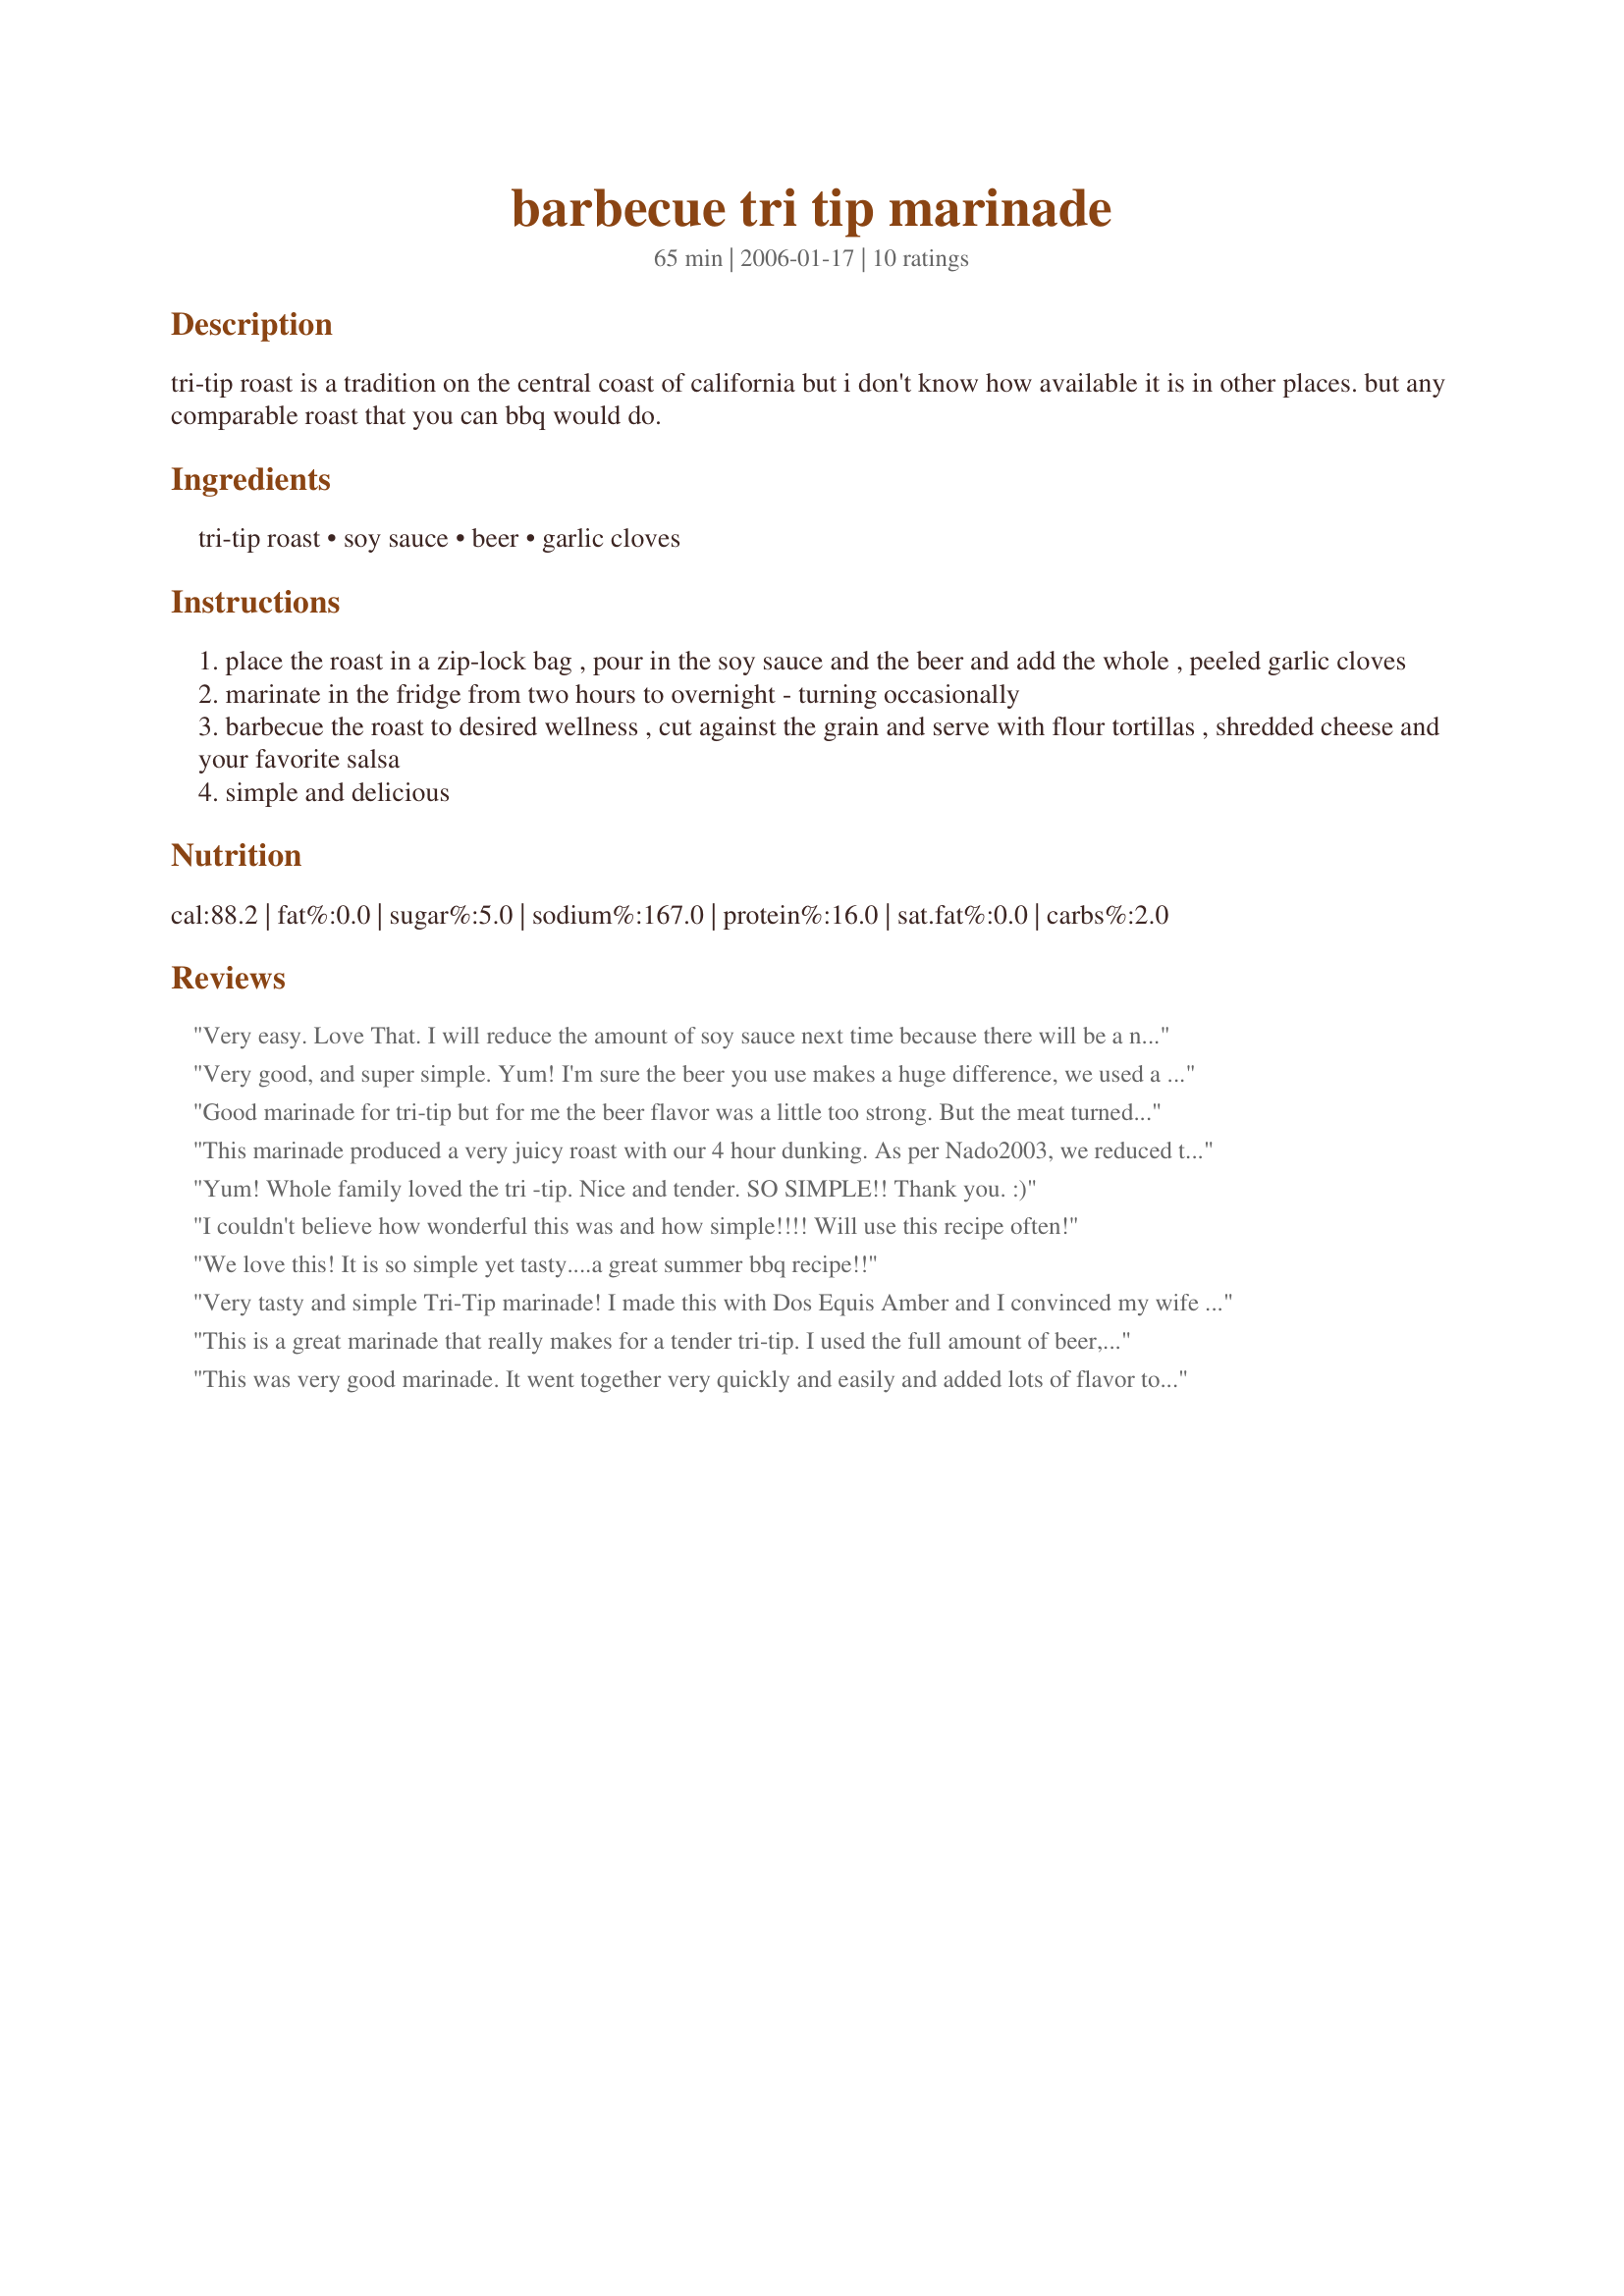
barbecue tri tip marinade
Preparation time: 65 minutes

tri-tip roast is a tradition on the central coast of california but i don't know how available it is in other places. but any comparable roast that you can bbq would do.

Ingredients:
tri-tip roast, soy sauce, beer, garlic cloves

Steps:
place the roast in a zip-lock bag , pour in the soy sauce and the beer and add the whole , peeled garlic cloves
marinate in the fridge from two hours to overnight - turning occasionally
barbecue the roast to desired wellness , cut against the grain and serve with flour tortillas , shredded cheese and your favorite salsa
simple and delicious

Reviews:
Very easy. Love That. I will reduce the amount of soy sauce next time because there will be a next time. Thank you.
Very good, and super simple. Yum! I'm sure the beer you use makes a huge difference, we used a Bud Light (didn't want to waste a Guinness) :) and we didn't notice any distinct beer flavor.
Good marinade for tri-tip but for me the beer flavor was a little too strong. But the meat turned out very juicy. Grilled for about 15 minutes per side. Thanks for posting!
This marinade produced a very juicy roast with our 4 hour dunking. As per Nado2003, we reduced the soy sauce by about half. The flavor was well-balanced and well-done overall. We cooked the 1.5 pound tri-tip with indirect heat on the grill rather slowly. Using our thermometer probe, we cooked the meat to an internal temperature of 150 and it was perfectly done. Recommended
Yum! Whole family loved the tri -tip. Nice and tender. SO SIMPLE!! Thank you. :)
I couldn't believe how wonderful this was and how simple!!!! Will use this recipe often!
We love this! It is so simple yet tasty....a great summer bbq recipe!!
Very tasty and simple Tri-Tip marinade! I made this with Dos Equis Amber and I convinced my wife who doesn't each much meat (I call her a closet vegetarian) to try a bite of the steak I cooked with this and she ended up eating a half pound steak herself. Thanks for sharing!
This is a great marinade that really makes for a tender tri-tip. I used the full amount of beer, but half the soy sauce and the lesser amount of the garlic, because I also wanted to use a dry rub from Santa Maria (central coast) that contained salt and garlic. The result was delicious.
This was very good marinade. It went together very quickly and easily and added lots of flavor to the tri-tip. I only had minced, fresh garlic, but I added the equivalent of 10 cloves and it was perfect. Also, I used a 2-lb. tri-tip which I marinated for 10 hours. My family enjoyed this very much. Thank you for sharing.
